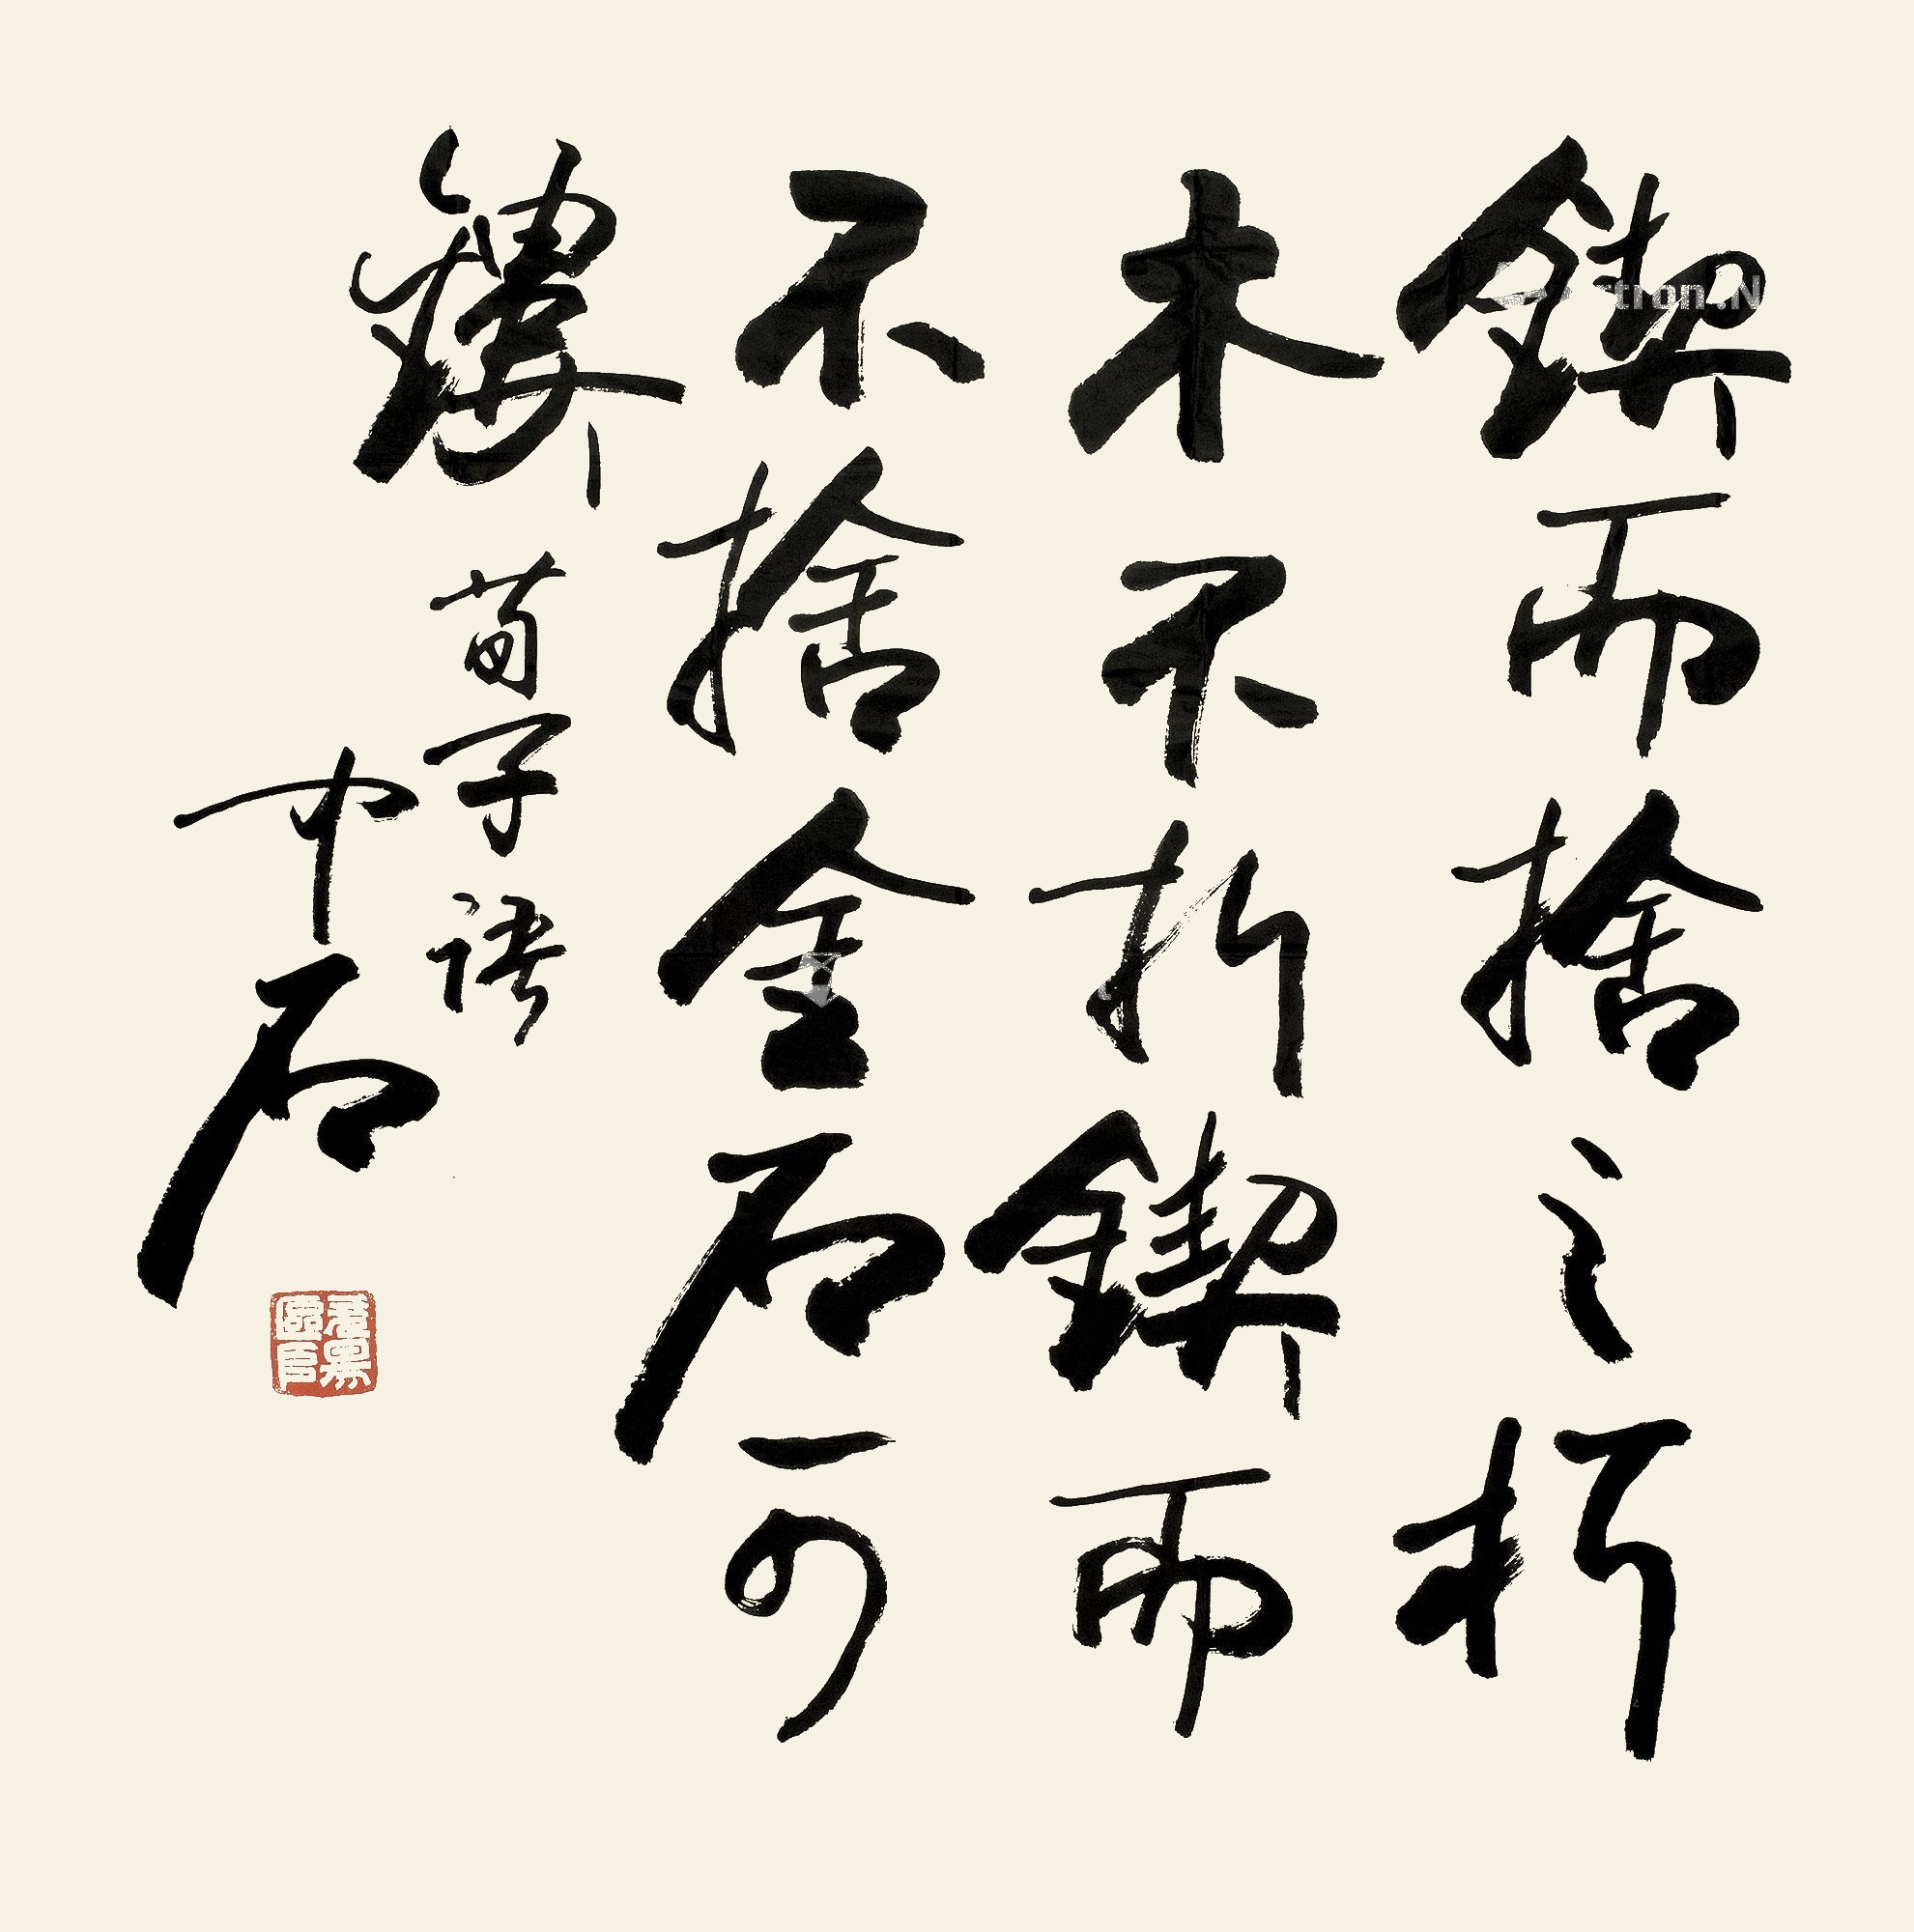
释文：契而舍之，朽木不折。锲而不舍，金石可镂。荀子语，中石。